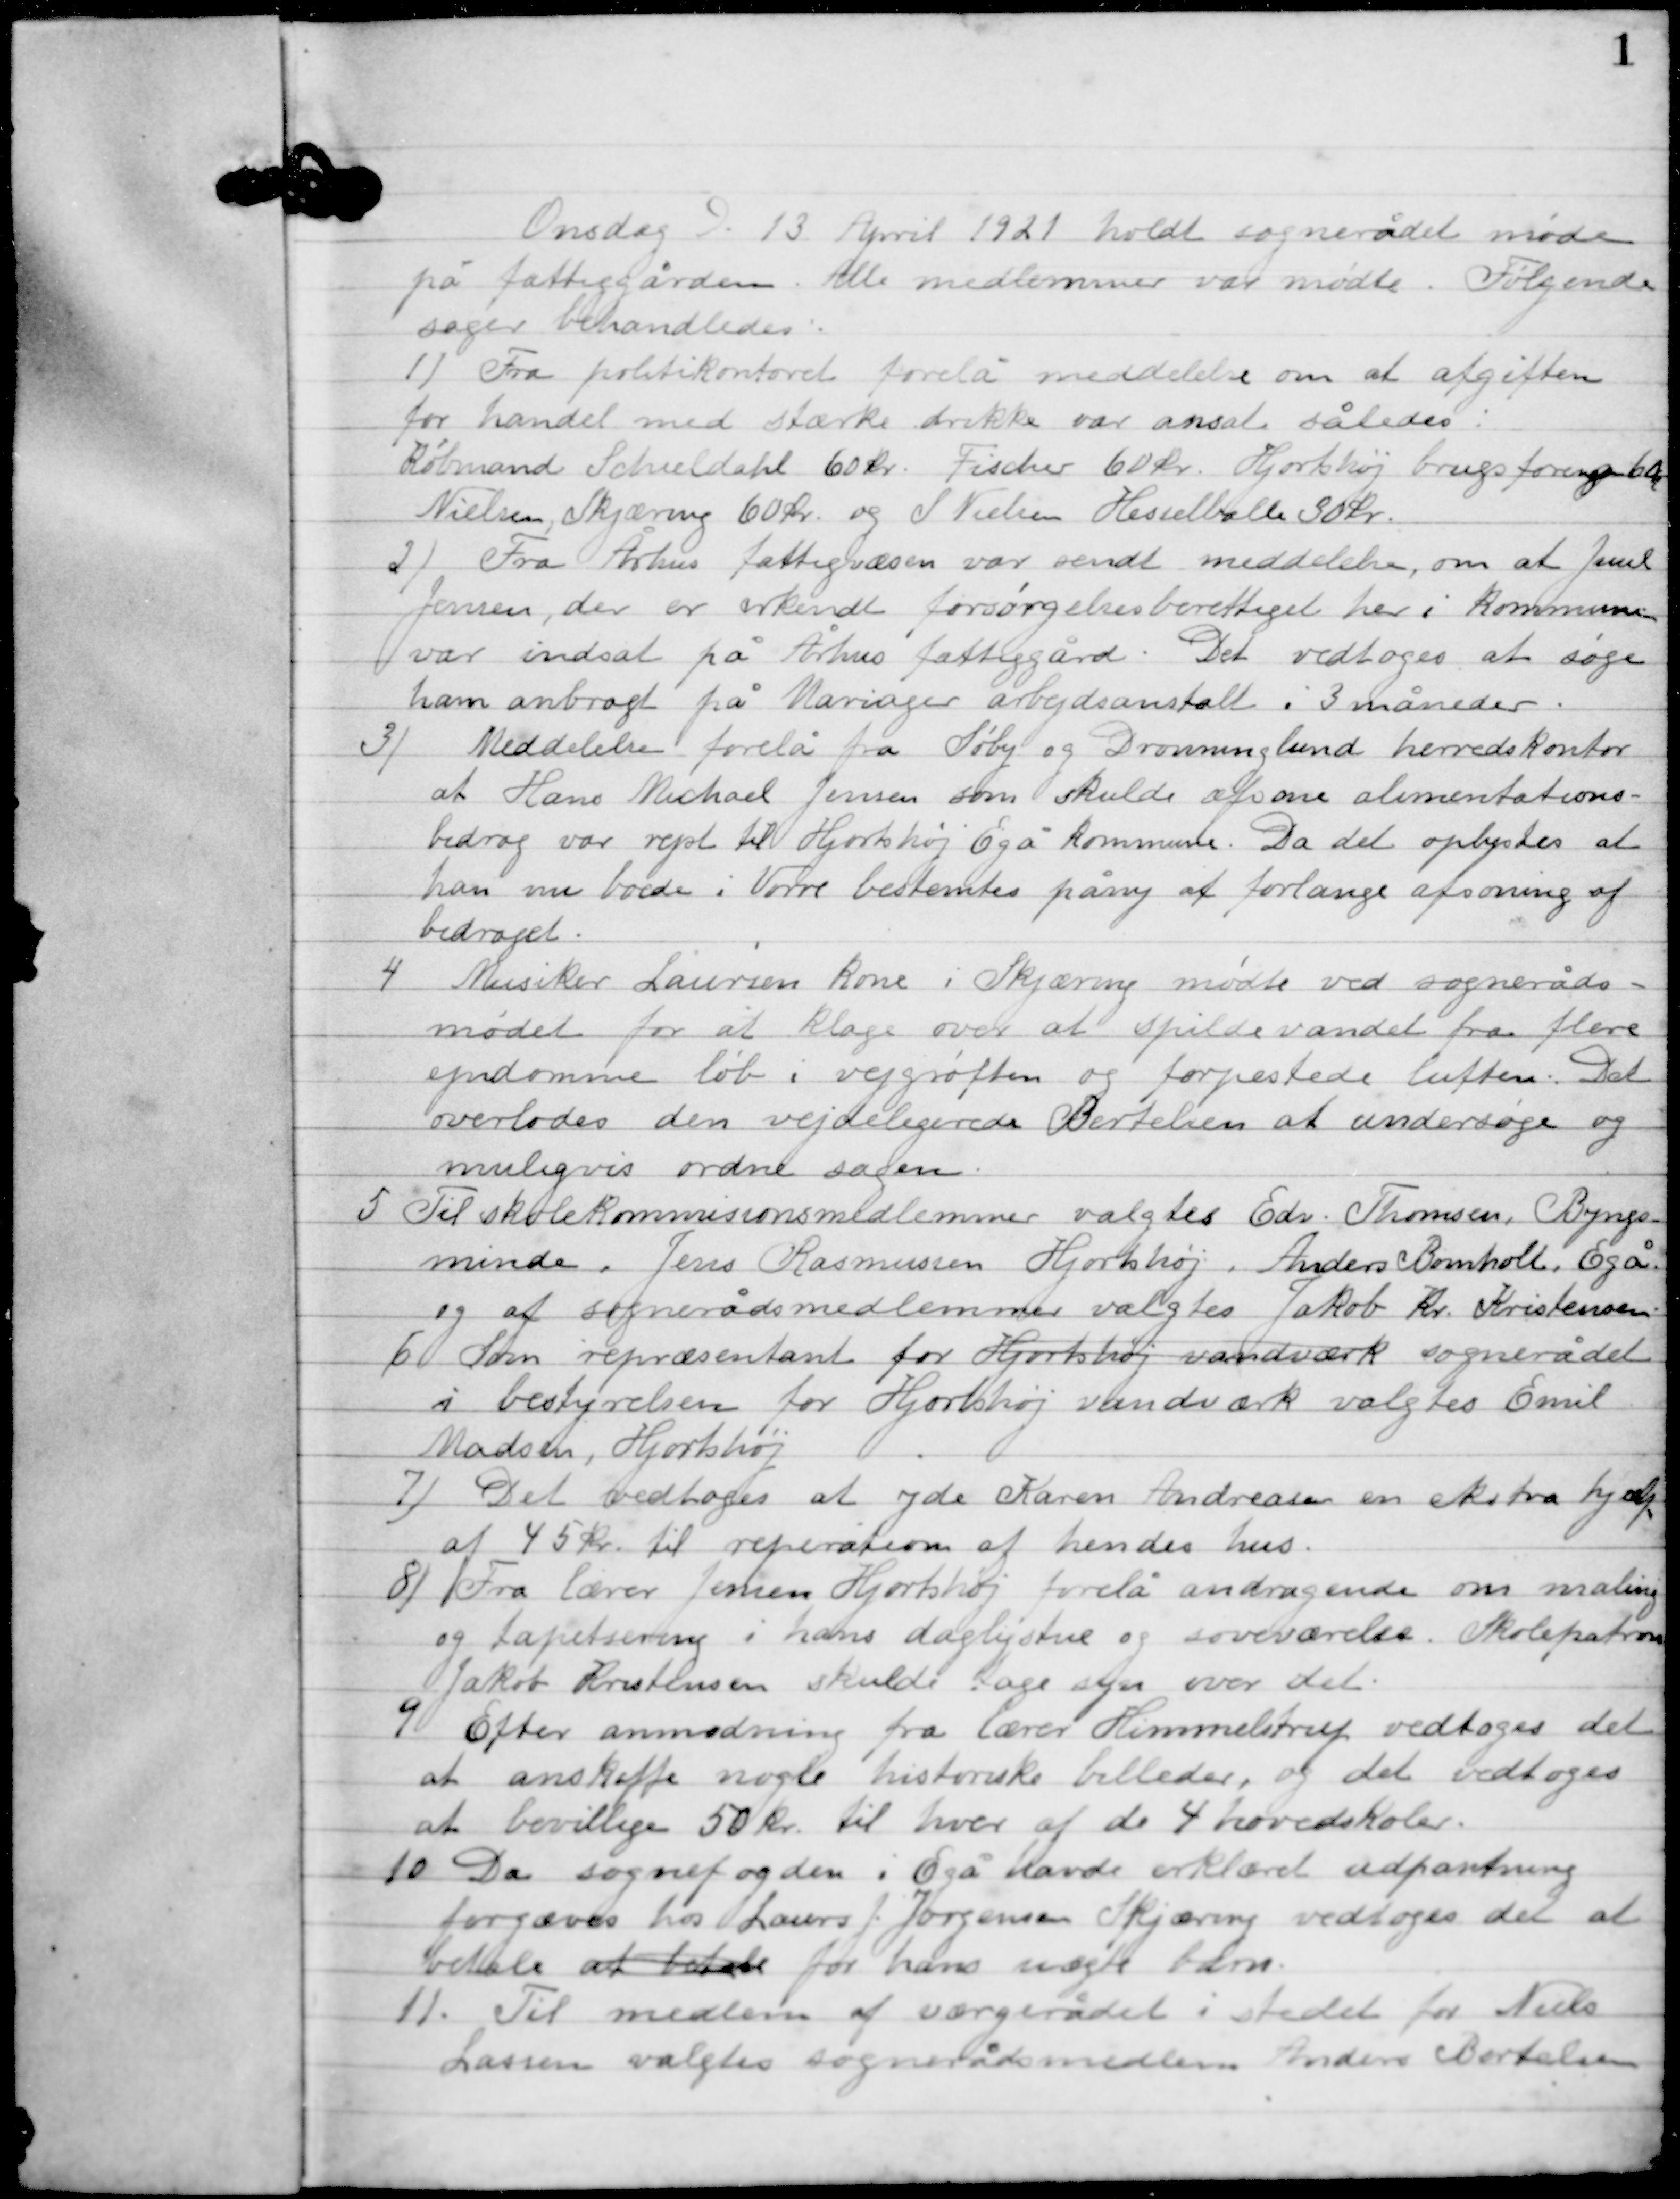
Transskription:
Onsdag D. 13. April 1921 holdt sognerådet møde
på fattiggården. Alle medlemmer var mødte. Følgende
sager behandledes:

1

Fra politikontoret forelå meddelelse om at afgiften
for handel med stærke drikke var ansat således:
Købmand Schieldahl 60 kr. Fischer 60 kr. Hjorthøj brugsforening 60 kr.,
Nielsen, Skjæring 60 kr. og S. Nielsen Hesselballe 30 kr.

2

Fra Århus fattigvæsen var sendt meddelelse, om at Jens
Jensen, der er erkendt forsørgelsesberettiget her i kommunen
var indsat på Århus fattiggård.
Det vedtoges at søge
ham anbragt på Mariager arbejdsanstalt i 3 måneder.

3

Meddelelse forelå fra Søby og Dronninglund herredskontor
at Hans Michael Jensen som skulde afsone alimentations-
bidrag var rejst til Hjortshøj Egå kommune. Da det oplyses at
han nu boede i Vorre bestemtes påny at forlange afsoning af
bidraget.

4

Musiker Laursen kone i Skjæring mødte ved sogneråds-
mødet for at klage over at spildevandet fra flere
ejendomme løb i vejgrøften og forpestede luften. Det
overlodes den vejdelegerede Bertelsen at undersøge og
muligvis ordne sagen.

5

Til skolekommissionsmedlemmer valgtes Edv. Thomsen, Byngs-
minde, Jens Rasmussen Hjortshøj, Anders Bomholt, Egå.
og af sognerådsmedlemmer valgtes Jakob Kr. Kristensen.

6

Som repræsentant for Hjortshøj vandværk sognerådet
i bestyrelsen for Hjortshøj vandværk valgets Emil
Madsen, Hjortshøj.

7

Det vedtoges at yde Karen Andersen en ekstra hjælp
af 45 kr. til reparation af hendes hus.

8

Fra lærer Jensen Hjortshøj forelå andragende om maling
og tapetsering i hans dagligstue og soveværelse. Skolepatron
Jakob Kristensen skulde tage syn over det.

9

Efter anmodning fra lærer Himmelstrup vedtoges det
at anskaffe nogle historiske billeder, og det vedtoges
at bevillige 50 kr. til hver af de 4 hovedskoler.

10

Da sognefogden i Egå havde erklæret udpantning
forgæves hos Laurs J. Jørgensen Skjæring vedtoges det at
betale at betale for hans uægte barn.

11

Til medlem af værgerådet i stedet for Niels
Lassen valgtes sognerådsmedlem Anders Bertelsen.